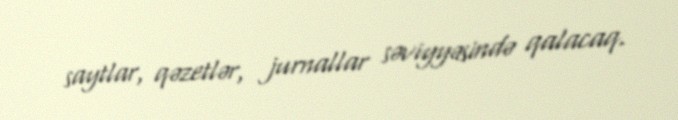
saytlar, qəzetlər, jurnallar səviyyəsində qalacaq.